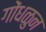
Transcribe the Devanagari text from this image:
गोंधळुन